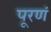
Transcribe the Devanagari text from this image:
पूरणं